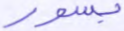
بسور